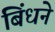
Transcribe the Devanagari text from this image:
बिंधने